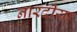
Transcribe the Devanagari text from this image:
नारदीया